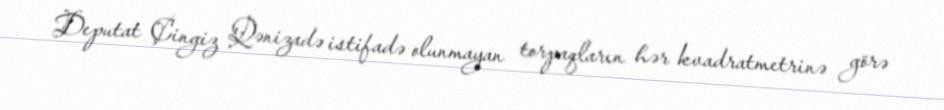
Deputat Çingiz Qənizadə istifadə olunmayan torpaqların hər kvadratmetrinə görə